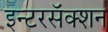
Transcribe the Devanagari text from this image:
इन्टरसॅक्शन